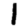
Digit: 1